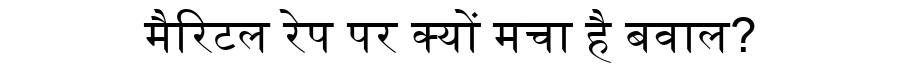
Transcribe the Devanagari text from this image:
मैरिटल रेप पर क्यों मचा है बवाल?